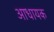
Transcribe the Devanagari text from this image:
आधायक